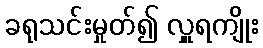
ခရုသင်းမှုတ်၍ လှူရကျိုး